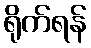
ရိုက်ရန်